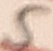
Text: 5